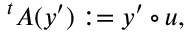
{ } ^ { t } A ( y ^ { \prime } ) : = y ^ { \prime } \circ u ,